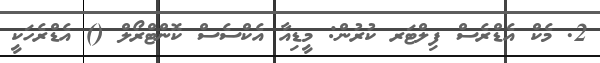
2. މެކް އެޑްރެސް ފިލްޓަރ ކުރުން: މީޑިއާ އެކްސެސް ކޮންޓްރޯލް () އެޑްރެހަކީ